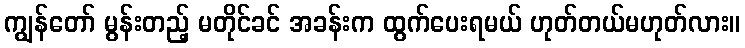
ကျွန်တော် မွန်းတည့် မတိုင်ခင် အခန်းက ထွက်ပေးရမယ် ဟုတ်တယ်မဟုတ်လား။